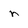
Character: n